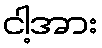
ငါ့အား